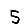
Digit: 5